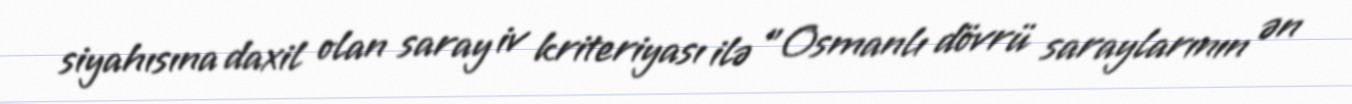
siyahısına daxil olan saray iv kriteriyası ilə "Osmanlı dövrü saraylarının ən